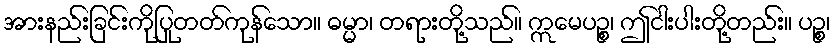
အားနည်းခြင်းကိုပြုတတ်ကုန်သော။ ဓမ္မာ၊ တရားတို့သည်။ ဣမေပဉ္စ၊ ဤငါးပါးတို့တည်း။ ပဉ္စ၊